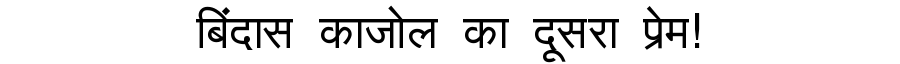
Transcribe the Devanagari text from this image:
बिंदास काजोल का दूसरा प्रेम!